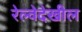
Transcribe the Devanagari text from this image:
रेल्वेदेखील